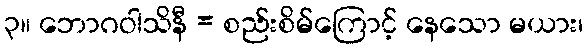
၃။ ဘောဂဝါသိနီ = စည်းစိမ်ကြောင့် နေသော မယား၊